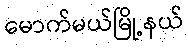
မောက်မယ်မြို့နယ်